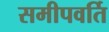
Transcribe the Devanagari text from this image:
समीपवर्ति